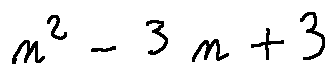
n ^ { 2 } - 3 n + 3